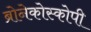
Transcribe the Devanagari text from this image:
ब्रोनेकोस्कोपी